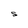
Character: S